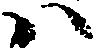
ハ